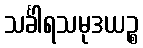
သင်္ခါရသမုဒယဉ္စ